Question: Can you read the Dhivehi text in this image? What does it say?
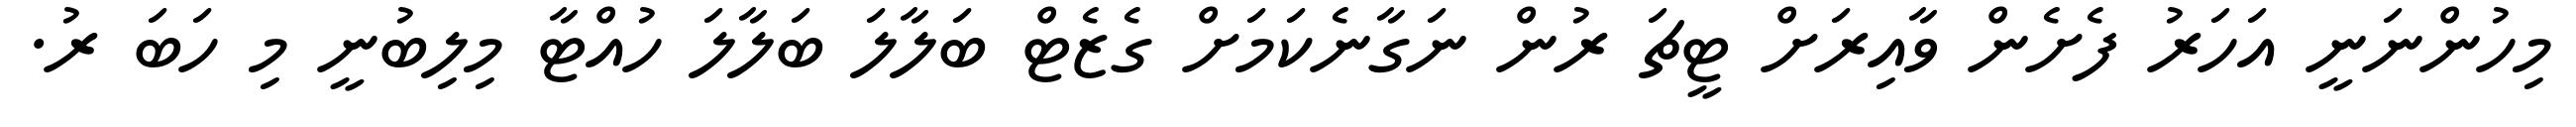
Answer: މިހުންނަނީ އަހަރު ފެށެން ވާއިރަށް ޓީޗަ ރުން ނަގާނެކަމަށް ގެޒެޓް ބަލާލަ ބަލާލަ ހުއްޓާ މިލިބުނީ މި ހަބަ ރު.